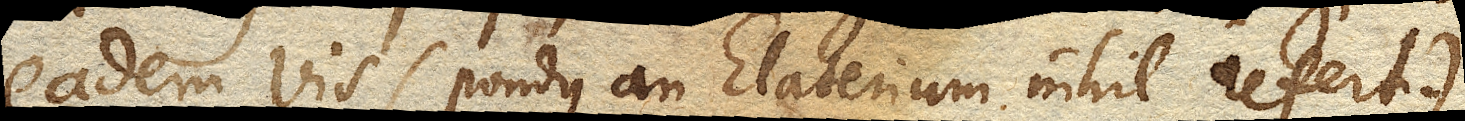
eadem vis (pondus an Elaterium nihil refert)